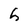
Character: h